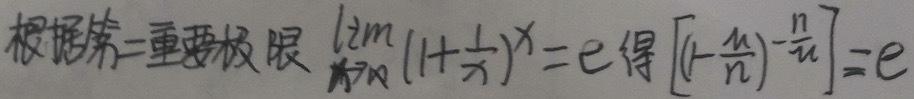
根据第二重要极限 $\lim_{x \to \infty} (1 + \frac{1}{x})^x = e$ 得 $\left[\left(1 - \frac{1}{n}\right)^{-\frac{1}{n}}\right] = e$